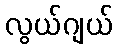
လွယ်ဂျယ်